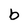
Character: b